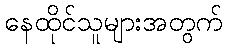
နေထိုင်သူများအတွက်